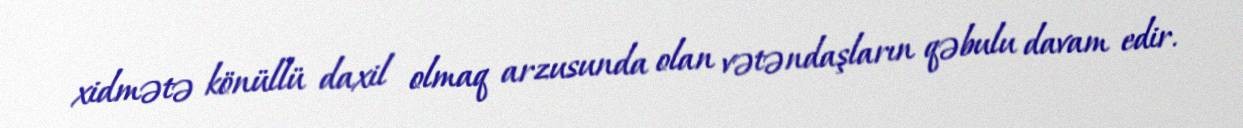
xidmətə könüllü daxil olmaq arzusunda olan vətəndaşların qəbulu davam edir.